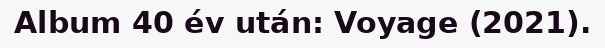
Album 40 év után: Voyage (2021).